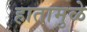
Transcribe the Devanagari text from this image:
हातामुळे